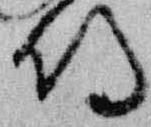
侍